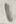
Text: 1